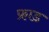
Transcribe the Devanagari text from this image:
फ्राड